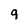
Character: 9